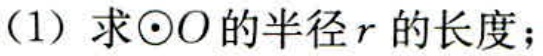
(1) 求\(\odot O\)的半径\(r\)的长度；